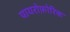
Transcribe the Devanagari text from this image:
पायरोफ़ोरिक